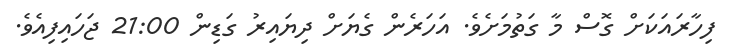
ފިހާރައަކަށް ގޮސް މާ ގަތުމަށެވެ. އަހަރެން ގެޔަށް ދިޔައިރު ގަޑިން 21:00 ޖަހައިފިއެވެ.